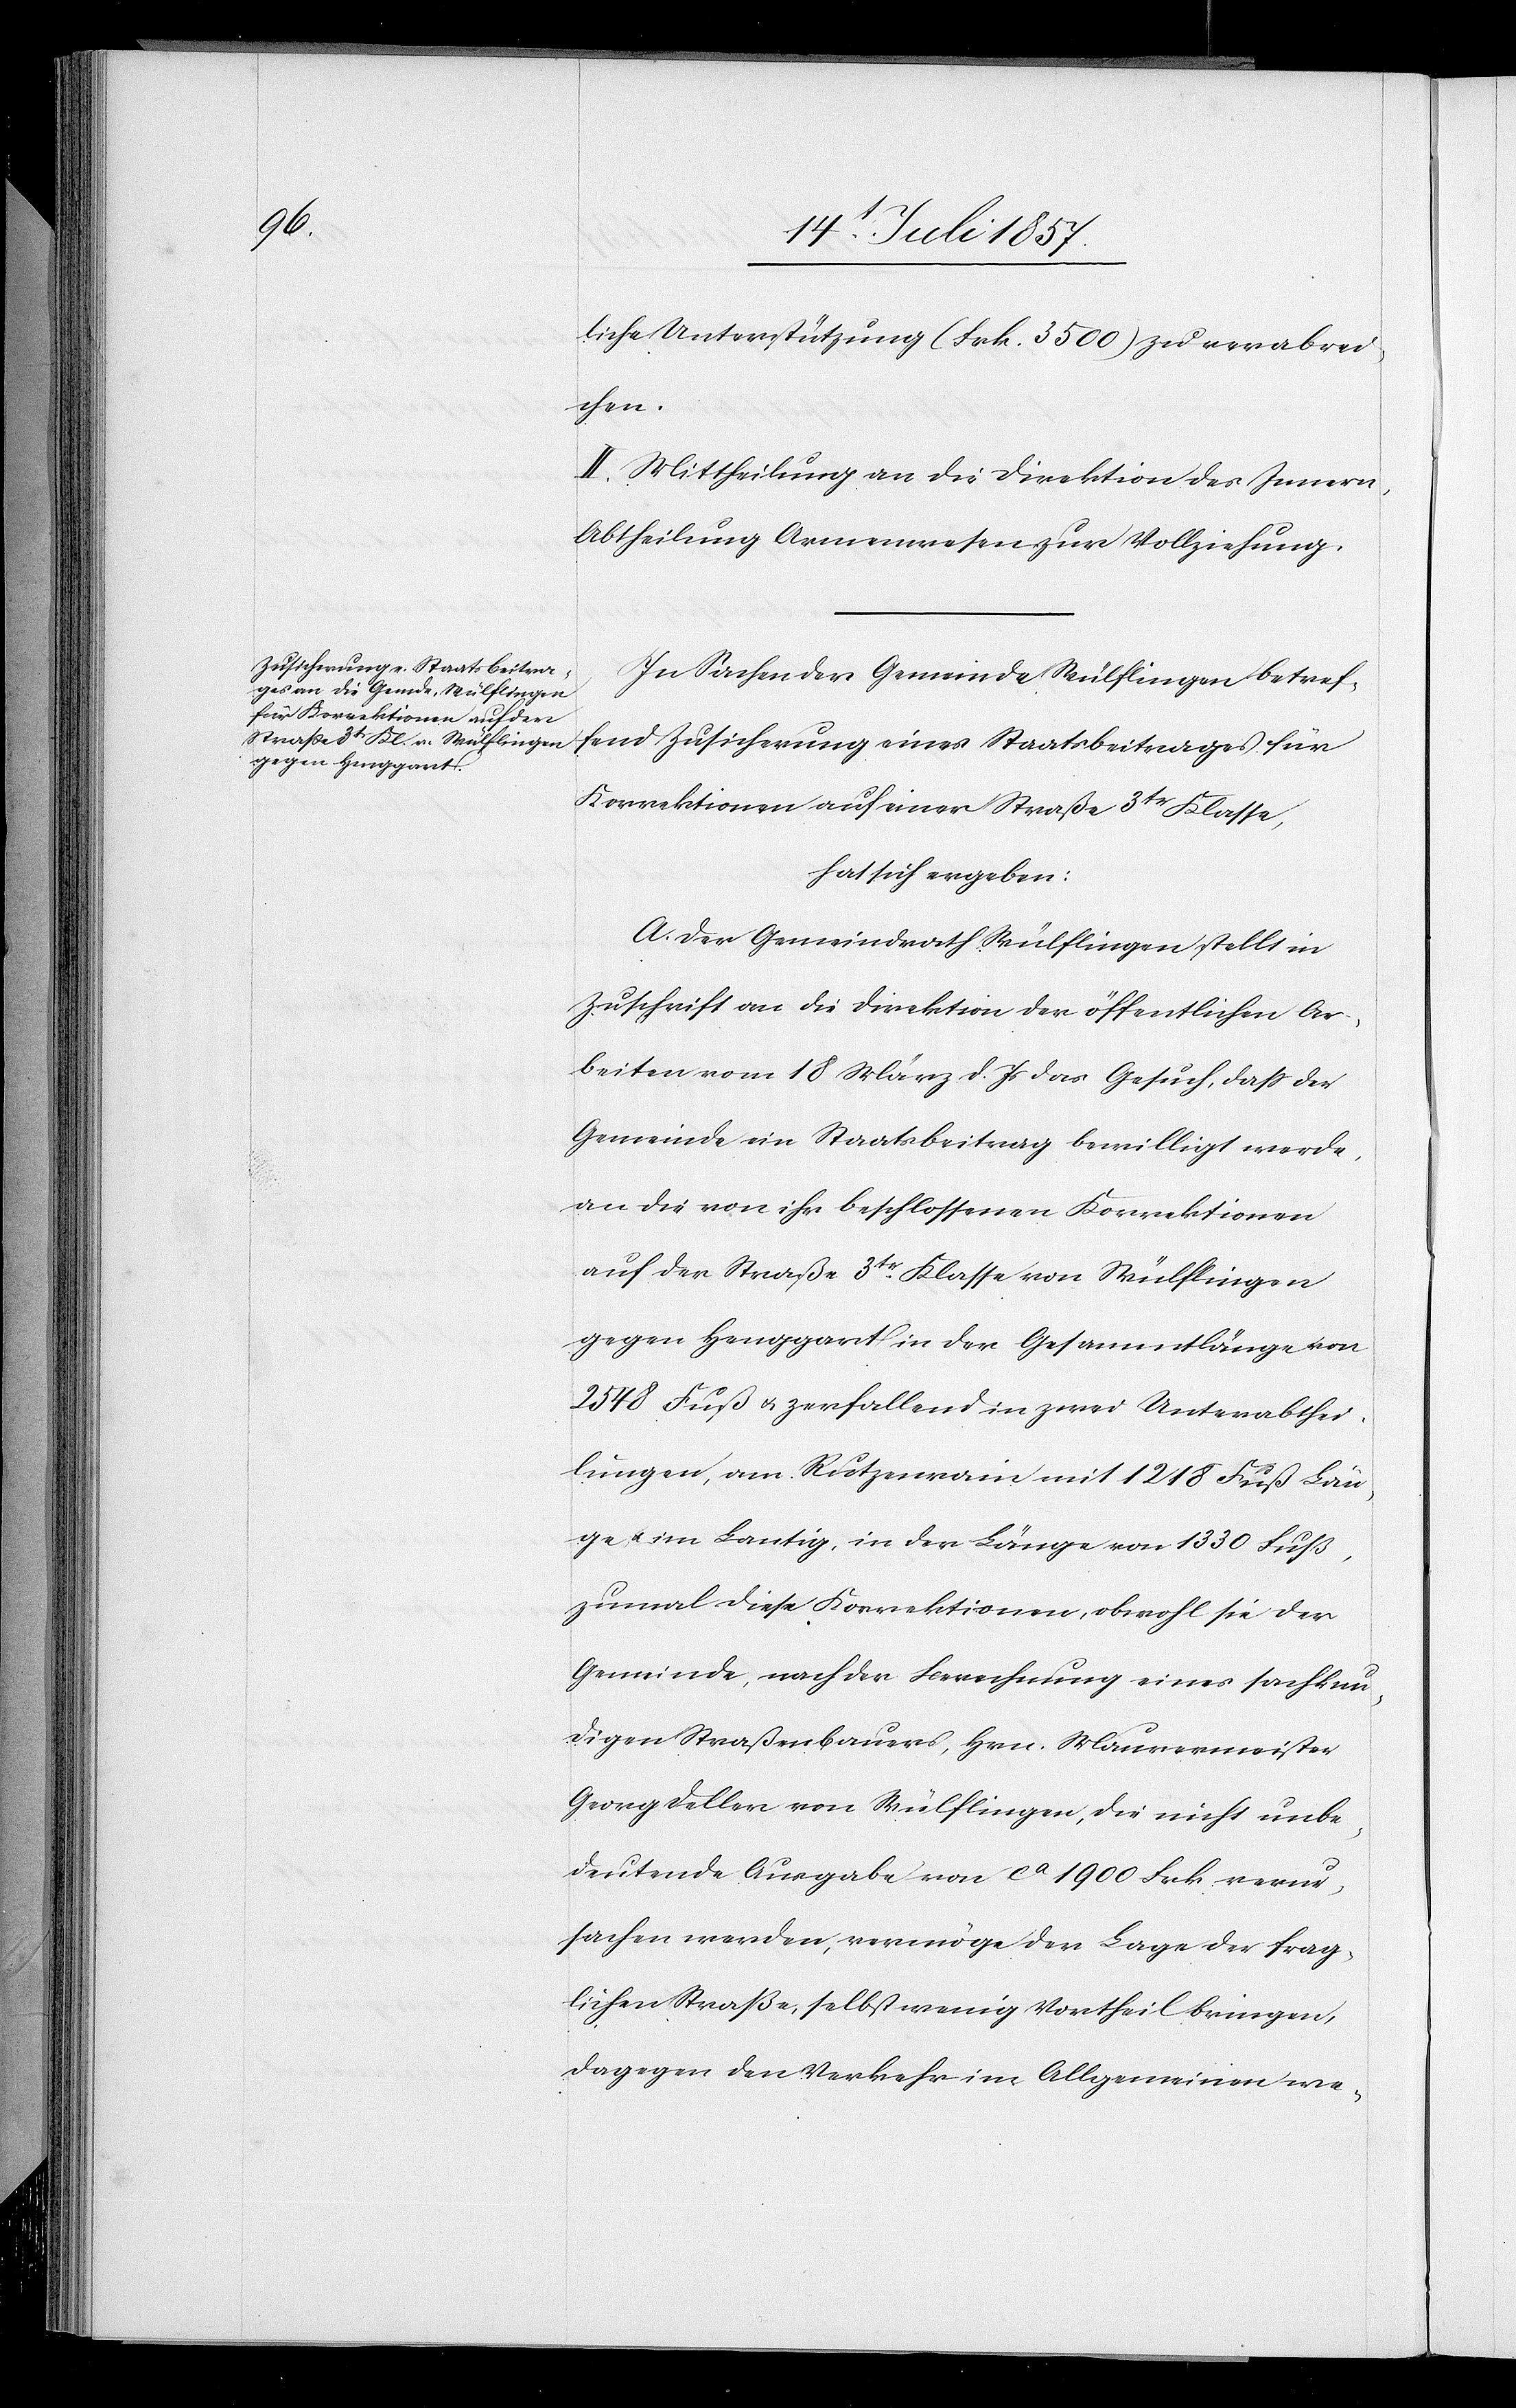
liche Unterstützung (Frk. 3 500) zu verabrei¬
chen.
II. Mittheilung an die Direktion des Innern,
Abtheilung Armenwesen zur Vollziehung.
In Sachen der Gemeinde Wülflingen betref¬
fend Zusicherung eines Staatsbeitrages für
Korrektionen auf einer Straße 3tr Klasse,
hat sich ergeben:
A. Der Gemeindrath Wülflingen stellt in
Zuschrift an die Direktion der öffentlichen Ar¬
beiten vom 18 März d. Js. das Gesuch, daß der
Gemeinde ein Staatsbeitrag bewilligt werde,
an die von ihr beschlossenen Korrektionen
auf der Straße 3tr Klasse von Wülflingen
gegen Henggart in der Gesammtlänge von
2 548 Fuß & zerfallend in zwei Unterabthei¬
lungen, am Rutzenrain mit 1 218 Fuß Län¬
ge & im Lantig, in der Länge von 1 330 Fuß,
zumal diese Korrektionen, obwohl sie der
Gemeinde, nach der Berechnung eines sachkun¬
digen Straßenbauers, Hrn. Mauermeister
Georg Deller von Wülflingen, die nicht unbe¬
deutende Ausgabe von ca 1 900 Frk. verur¬
sachen werden, vermöge der Lage der frag¬
lichen Straße, selbst wenig Vortheil bringen,
dagegen den Verkehr im Allgemeinen we-